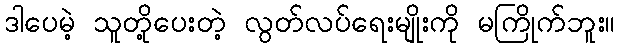
ဒါပေမဲ့ သူတို့ပေးတဲ့ လွတ်လပ်ရေးမျိုးကို မကြိုက်ဘူး။